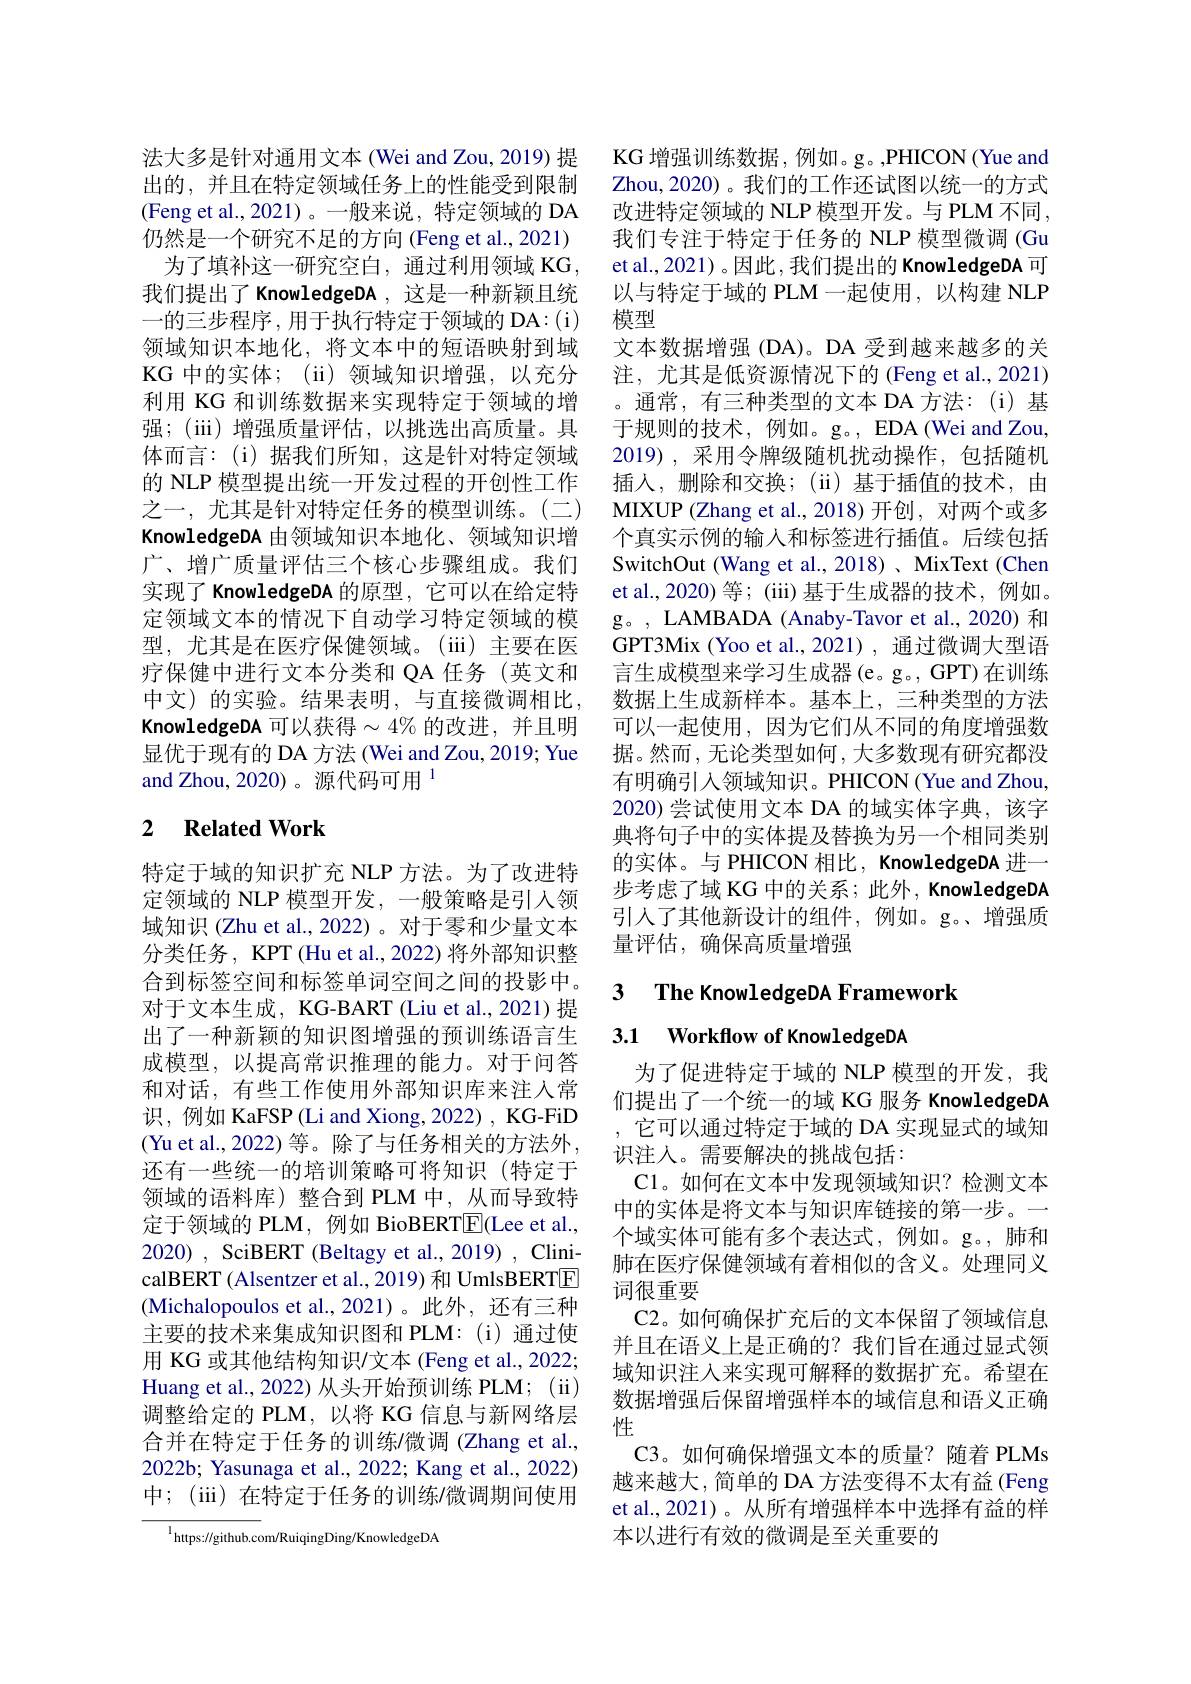
法大多是针对通用文本(Wei and Zou, 2019) 提出的，并且在特定领域任务上的性能受到限制(Feng et al.,2021)。一般来说，特定领域的 DA 仍然是一个研究不足的方向 (Feng et al., 2021)
为了填补这一研究空白，通过利用领域 KG, 我们提出了 KnowledgeDA , 这是一种新颖且统一的三步程序，用于执行特定于领域的 DA:(i) 领域知识本地化，将文本中的短语映射到域KG 中的实体；(ii)领域知识增强，以充分利用 KG 和训练数据来实现特定于领域的增强；(iii)增强质量评估，以挑选出高质量。具体而言：(i)据我们所知，这是针对特定领域的 NLP 模型提出统一开发过程的开创性工作之一，尤其是针对特定任务的模型训练。(二) KnowledgeDA 由领域知识本地化、领域知识增广、增广质量评估三个核心步骤组成。我们实现了 KnowledgeDA 的原型，它可以在给定特定领域文本的情况下自动学习特定领域的模型，尤其是在医疗保健领域。(iii)主要在医疗保健中进行文本分类和 QA 任务(英文和中文)的实验。结果表明，与直接微调相比KnowledgeDA 可以获得$\sim4\%$的改进，并且明显优于现有的 DA 方法 (Wei and Zou, 2019; Yue and Zhou, 2020)。源代码可用$^{1}$

## 2 $\textbf{Related Work}$

特定于域的知识扩充 NLP 方法。为了改进特定领域的 NLP 模型开发，一般策略是引入领域知识 (Zhu et al., 2022)。对于零和少量文本分类任务，KPT (Hu et al., 2022) 将外部知识整合到标签空间和标签单词空间之间的投影中。对于文本生成，KG-BART (Liu et al., 2021) 提出了一种新颖的知识图增强的预训练语言生成模型，以提高常识推理的能力。对于问答和对话，有些工作使用外部知识库来注入常识，例如 KaFSP (Li and Xiong, 2022) , KG-FiD (Yu et al.,2022)等。除了与任务相关的方法外， 还有一些统一的培训策略可将知识(特定于领域的语料库)整合到 PLM 中，从而导致特定于领域的 PLM, 例如 BioBERTE$( Lee et al. $, 2020) , SciBERT (Beltagy et al., 2019) , ClinicalBERT (Alsentzer et al., 2019) 和 UmlsBERTE (Michalopoulos et al.,2021)。此外，还有三种主要的技术来集成知识图和 PLM:(i)通过使用 KG 或其他结构知识/文本 (Feng et al., 2022; Huang et al., 2022) 从头开始预训练 PLM; (ii) 调整给定的 PLM, 以将 KG 信息与新网络层合并在特定于任务的训练/微调 (Zhang et al., 2022b; Yasunaga et al., 2022; Kang et al., 2022) 中；(iii) 在特定于任务的训练/微调期间使用

$^{1}$https://github.com/RuiqingDing/KnowledgeDA

KG 增强训练数据，例如。g。,PHICON(Yue and Zhou, 2020) 。我们的工作还试图以统一的方式改进特定领域的 NLP 模型开发。与 PLM 不同， 我们专注于特定于任务的 NLP 模型微调 (Gu et al.,2021) 。因此，我们提出的 KnowledgeDA 可以与特定于域的 PLM 一起使用，以构建 NLP 模型
文本数据增强(DA)。DA 受到越来越多的关注，尤其是低资源情况下的 (Feng et al.,2021) 。通常，有三种类型的文本 DA 方法：(i)基于规则的技术，例如。g。, EDA (Wei and Zou, 2019),采用令牌级随机扰动操作，包括随机插入，删除和交换；(ii)基于插值的技术，由MIXUP (Zhang et al.,2018)开创，对两个或多个真实示例的输入和标签进行插值。后续包括SwitchOut (Wang et al., 2018)、MixText (Chen et al., 2020) 等；(iii) 基于生成器的技术，例如。g。, LAMBADA (Anaby-Tavor et al.,2020) 和GPT3Mix (Yoo et al.,2021), 通过微调大型语言生成模型来学习生成器(e。g。, GPT)在训练数据上生成新样本。基本上，三种类型的方法可以一起使用，因为它们从不同的角度增强数据。然而，无论类型如何，大多数现有研究都没有明确引入领域知识。PHICON (Yue and Zhou, 2020) 尝试使用文本 DA 的域实体字典，该字典将句子中的实体提及替换为另一个相同类别的实体。与 PHICON 相比，KnowledgeDA 进一步考虑了域 KG 中的关系；此外，KnowledgeDA 引入了其他新设计的组件，例如。g。、增强质量评估，确保高质量增强

3 The KnowledgeDA Framework

3.1 Workflow of KnowledgeDA

为了促进特定于域的 NLP 模型的开发，我们提出了一个统一的域 KG 服务 KnowledgeDA ,它可以通过特定于域的 DA 实现显式的域知识注人。需要解决的挑战包括：
C1。如何在文本中发现领域知识？检测文本中的实体是将文本与知识库链接的第一步。一个域实体可能有多个表达式，例如。g。,肺和肺在医疗保健领域有着相似的含义。处理同义词很重要
C2。如何确保扩充后的文本保留了领域信息并且在语义上是正确的？我们旨在通过显式领域知识注人来实现可解释的数据扩充。希望在数据增强后保留增强样本的域信息和语义正确性
C3。如何确保增强文本的质量？随着 PLMs 越来越大，简单的 DA 方法变得不太有益 (Feng et al.,2021)。从所有增强样本中选择有益的样本以进行有效的微调是至关重要的